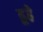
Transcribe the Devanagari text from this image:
ढूहे